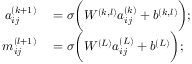
\begin{array} { r l } { a _ { i j } ^ { ( k + 1 ) } } & { { } = \sigma \bigg ( W ^ { ( k , l ) } a _ { i j } ^ { ( k ) } + b ^ { ( k , l ) } \bigg ) ; } \\ { m _ { i j } ^ { ( l + 1 ) } } & { { } = \sigma \bigg ( W ^ { ( L ) } a _ { i j } ^ { ( L ) } + b ^ { ( L ) } \bigg ) ; } \end{array}